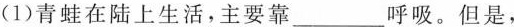
(1)青蛙在陆上生活，主要靠___呼吸。但是，